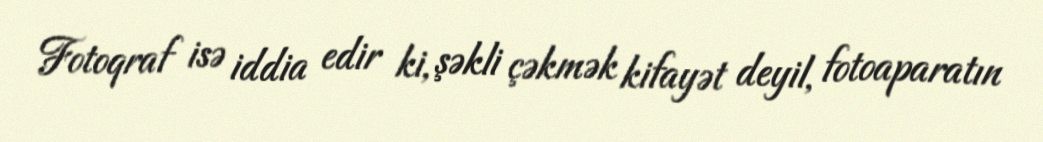
Fotoqraf isə iddia edir ki, şəkli çəkmək kifayət deyil, fotoaparatın